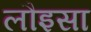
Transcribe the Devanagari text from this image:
लौइसा